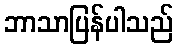
ဘာသာပြန်ပါသည်